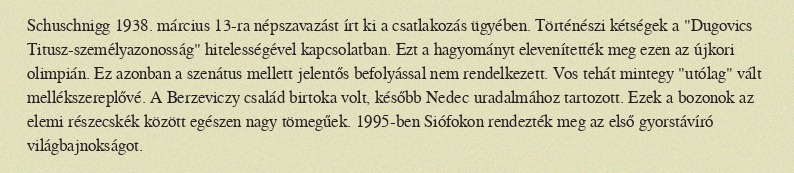
Schuschnigg 1938. március 13-ra népszavazást írt ki a csatlakozás ügyében. Történészi kétségek a "Dugovics Titusz-személyazonosság" hitelességével kapcsolatban. Ezt a hagyományt elevenítették meg ezen az újkori olimpián. Ez azonban a szenátus mellett jelentős befolyással nem rendelkezett. Vos tehát mintegy "utólag" vált mellékszereplővé. A Berzeviczy család birtoka volt, később Nedec uradalmához tartozott. Ezek a bozonok az elemi részecskék között egészen nagy tömegűek. 1995-ben Siófokon rendezték meg az első gyorstávíró világbajnokságot.